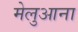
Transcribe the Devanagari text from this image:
मेलुआना